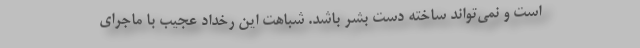
است و نمی‌تواند ساخته دست بشر باشد. شباهت این رخداد عجیب با ماجرای